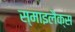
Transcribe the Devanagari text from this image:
स्माइलैक्स